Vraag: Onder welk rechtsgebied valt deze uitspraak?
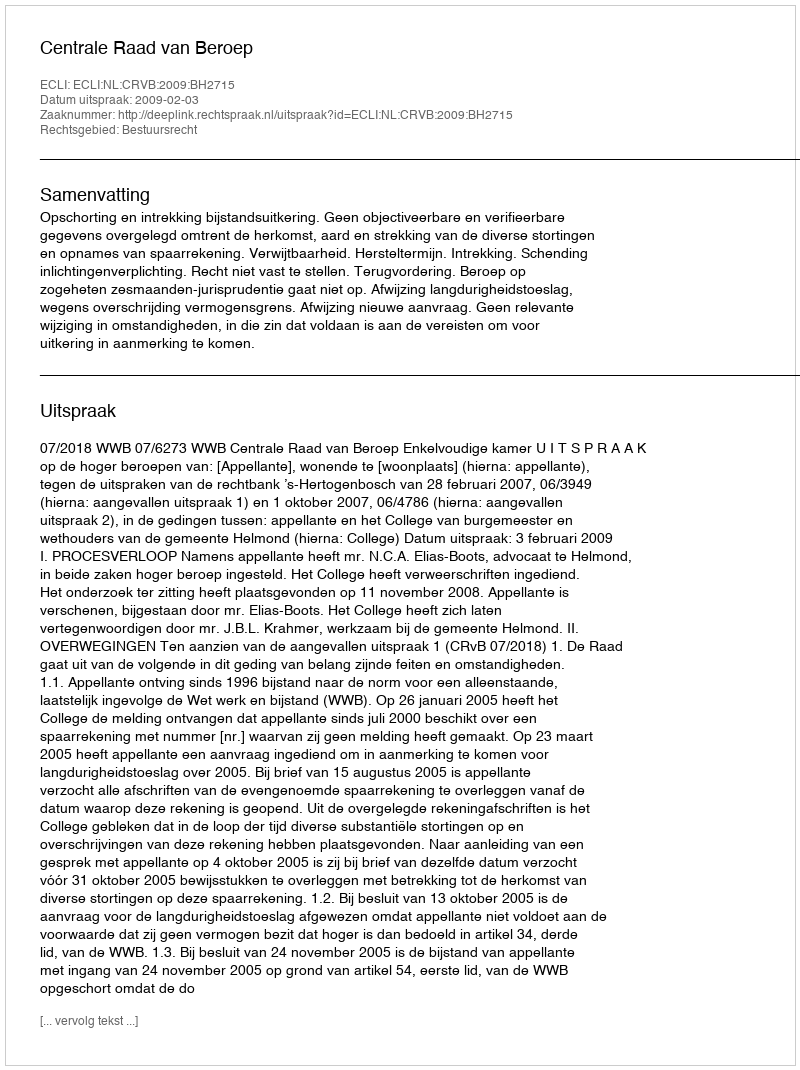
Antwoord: Bestuursrecht